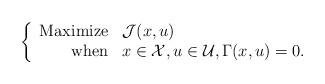
LaTeX: \begin{align*}\left\{\begin{array}{rl}{\rm Maximize} & {\mathcal J}(x,u)\\{\rm when} & x \in {\mathcal X}, u \in {\mathcal U}, \Gamma(x,u) = 0.\end{array}\right.\end{align*}